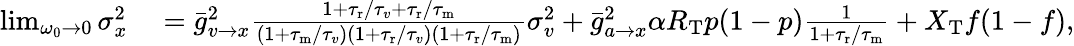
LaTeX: \begin{array}{rl}{\operatorname*{lim}_{\omega_{0}\to 0}\sigma_{x}^{2}}&{{}=\bar{g}_{v\to x}^{2}\frac{1+{\tau_{\mathrm{r}}}/{\tau_{v}}+{\tau_{\mathrm{r}}}/{\tau_{\mathrm{m}}}}{(1+{\tau_{\mathrm{m}}}/{\tau_{v}})(1+{\tau_{\mathrm{r}}}/{\tau_{v}})(1+{\tau_{\mathrm{r}}}/{\tau_{\mathrm{m}}})}\sigma_{v}^{2}+\bar{g}_{a\to x}^{2}\alpha R_{\mathrm{T}}p(1-p)\frac{1}{1+{\tau_{\mathrm{r}}}/{\tau_{\mathrm{m}}}}+X_{\mathrm{T}}f(1-f),}\end{array}